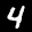
Label: 4